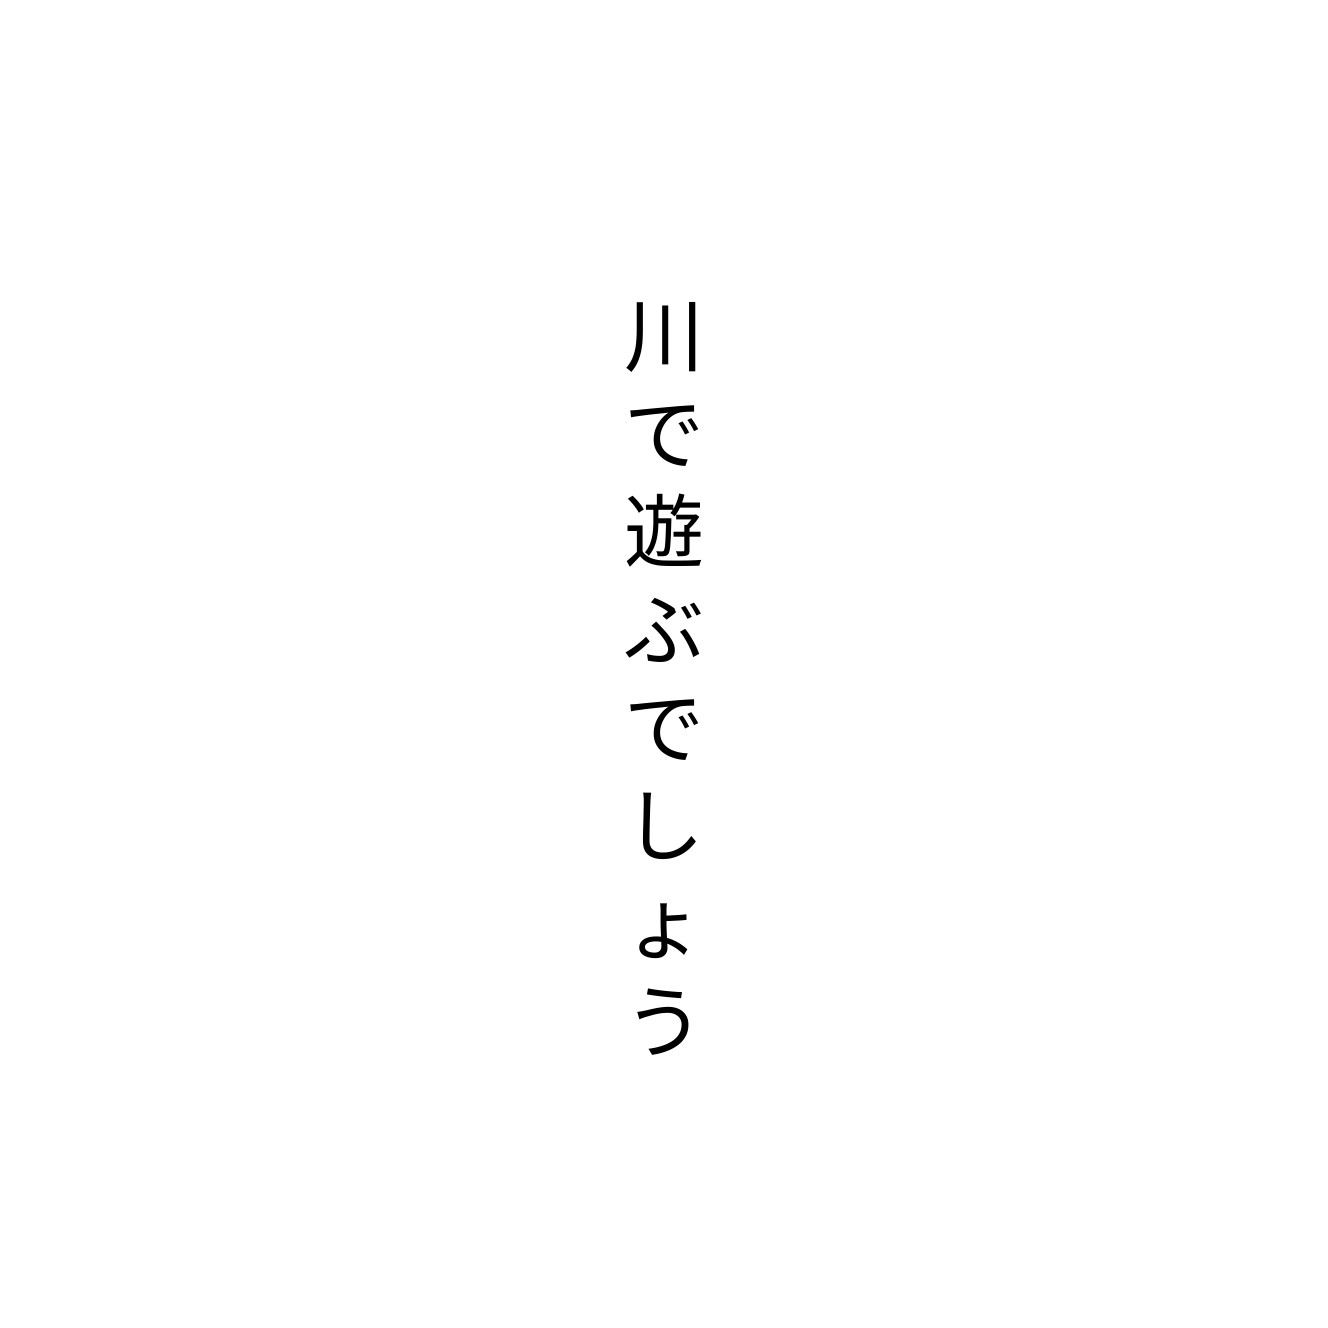
川で遊ぶでしょう